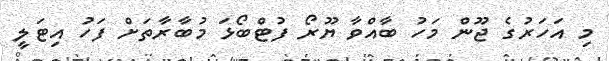
މި އަހަރުގެ ޖޫން މަހު ބާއްވާ ޔޫރޯ ފުޓްބޯޅަ މުބާރާތަށް ފަހު އިޓަލީ